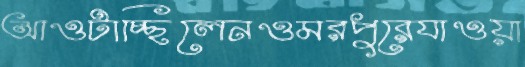
আওটাচ্ছিলেনওমরপুরেযাওয়া